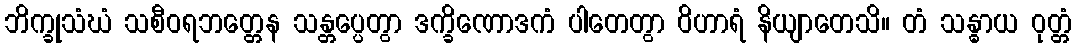
ဘိက္ခုသံဃံ သစီဝရဘတ္တေန သန္တပ္ပေတွာ ဒက္ခိဏောဒကံ ပါတေတွာ ဝိဟာရံ နိယျာတေသိ။ တံ သန္ဓာယ ဝုတ္တံ